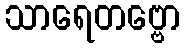
သာရေတဗ္ဗော